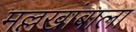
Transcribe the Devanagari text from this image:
मल्लखांबाला